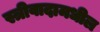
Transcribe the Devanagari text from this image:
स्त्रीवादामधील